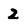
Character: 2